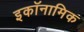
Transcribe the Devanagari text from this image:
इकॉनामिक